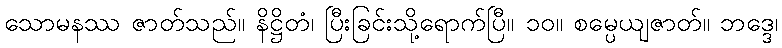
သောမနဿ ဇာတ်သည်။ နိဋ္ဌိတံ၊ ပြီးခြင်းသို့ရောက်ပြီ။ ၁၀။ စမ္ပေယျဇာတ်။ ဘဒ္ဒေ၊